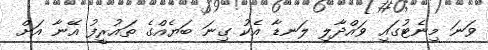
ވަނަ މިނެޓުގައި ވައްދާލި ލަނޑާ އެކު ގިނަ ބަޔެއްގެ ތައުރީފު އޭނާ އަށް